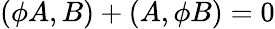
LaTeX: (\phi A,B)+(A,\phi B)=0